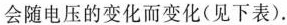
会随电压的变化而变化(见下表).